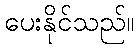
ပေးနိုင်သည်။